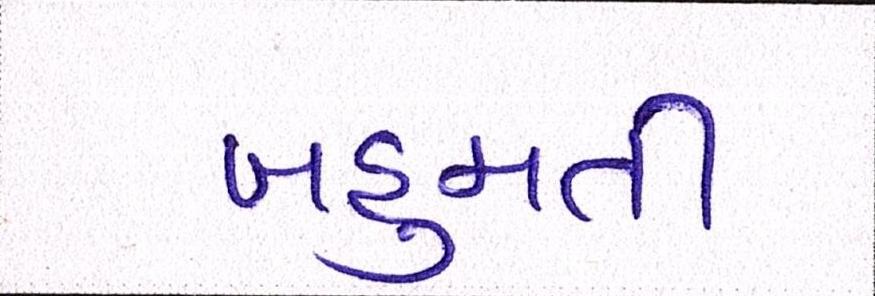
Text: બહુમતી